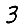
Digit: 3